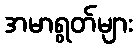
အမာရွတ်များ